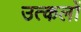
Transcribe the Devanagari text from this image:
उत्कलों